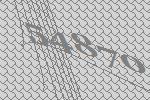
54870